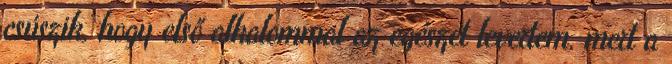
csúszik, hogy első alkalommal az egészet levertem, mert a